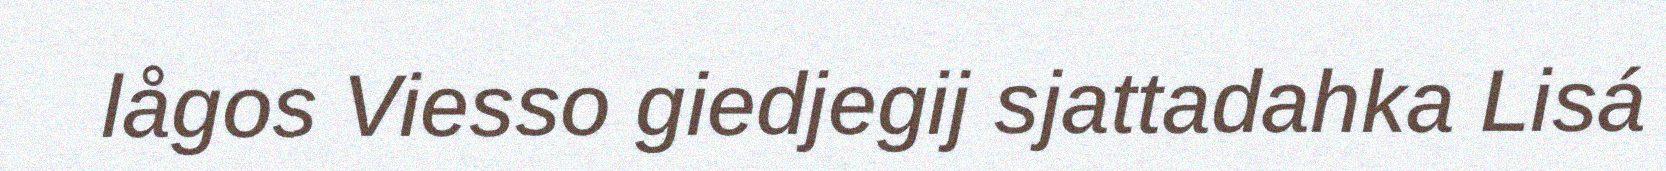
lågos Viesso giedjegij sjattadahka Lisá